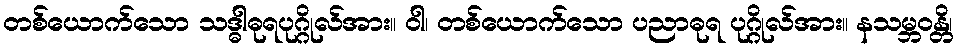
တစ်ယောက်သော သဒ္ဓါဓုရပုဂ္ဂိုလ်အား။ ဝါ၊ တစ်ယောက်သော ပညာဓုရ ပုဂ္ဂိုလ်အား။ နသမ္ဘဝန္တိ၊